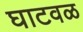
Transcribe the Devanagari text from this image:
घाटवळ